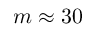
m \approx 3 0